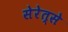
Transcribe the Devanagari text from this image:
सेरेत्से